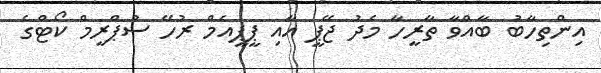
އިންތިހާބު ބާއްވާ ތާރީހާ މެދު ޖޭޕީ އާއި ޕީޕީއެމް ރުހޭ ސުޕްރީމް ކޯޓްގެ